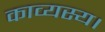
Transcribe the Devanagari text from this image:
काव्यस्य।